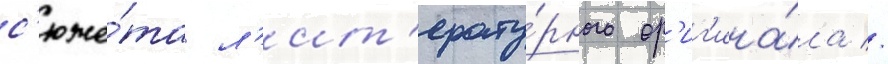
с'юже́та л'ит'ерату́рного ор'иг'ина́ла //